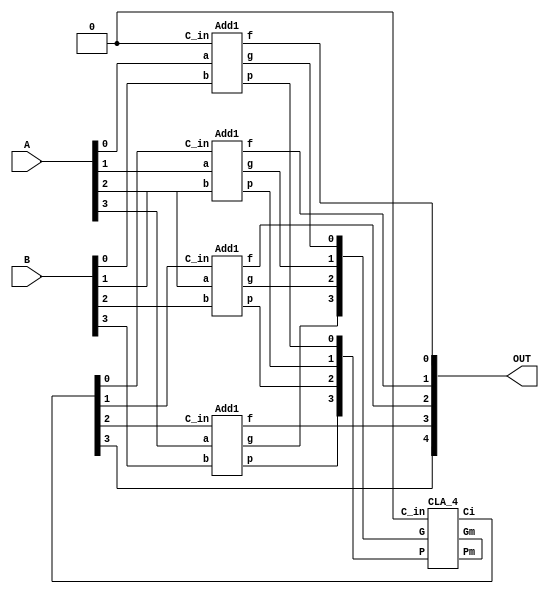
//416
//C4=Pm0C0+Gm0
//C8=Pm1Pm0C0+Pm1Gm0+Gm1
//C12
//C16
`timescale 1ns/1ns

module huawei8//
(
	input wire [3:0]A,
	input wire [3:0]B,
	output wire [4:0]OUT
);

//*************code***********//

wire [3:0] P;
wire [3:0] G;
wire [3:0] C;
Add1 sub1(.a(A[0]),.b(B[0]),.C_in(1'b0),.f(OUT[0]),.g(G[0]),.p(P[0]));
Add1 sub2(.a(A[1]),.b(B[1]),.C_in(C[0]),.f(OUT[1]),.g(G[1]),.p(P[1]));
Add1 sub3(.a(A[2]),.b(B[2]),.C_in(C[1]),.f(OUT[2]),.g(G[2]),.p(P[2]));
Add1 sub4(.a(A[3]),.b(B[3]),.C_in(C[2]),.f(OUT[3]),.g(G[3]),.p(P[3]));

CLA_4 sub5(.P(P),.G(G),.C_in(1'b0),.Ci(C[3:0]),.Gm(),.Pm());
assign OUT[4]=C[3];
//*************code***********//
endmodule



//////////////////////

module Add1
(
		input a,
		input b,
		input C_in,
		output f,
		output g,
		output p
		);
assign p=a^b;
assign g=a&b;
assign f=a^b^C_in; //S=a^b^cin  Cout=PCin+G
endmodule






module CLA_4(
		input [3:0]P,
		input [3:0]G,
		input C_in,
		output [4:1]Ci,
		output Gm,
		output Pm
	);
assign Ci[1]=P[0]&&C_in||G[0];
assign Ci[2]=P[1]&&(P[0]&&C_in||G[0])||G[1];
assign Ci[3]=P[2]&&(P[1]&&(P[0]&&C_in||G[0])||G[1])||G[2];
assign Ci[4]=P[3]&&(P[2]&&(P[1]&&(P[0]&&C_in||G[0])||G[1])||G[2])||G[3];
//C4=PmC0+Gm
assign Pm=P[0]&P[1]&P[2]&P[3];
assign Gm=G[3]|(G[1]&P[2]&P[3])|(G[0]&P[1]&P[2]&P[3]);
endmodule